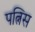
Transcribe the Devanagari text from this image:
पत्निस